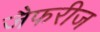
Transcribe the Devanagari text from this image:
जैफरीज